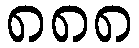
၈၈၈